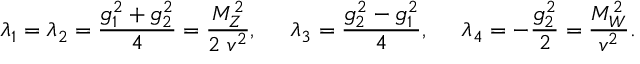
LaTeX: \lambda _ { 1 } = \lambda _ { 2 } = \frac { g _ { 1 } ^ { 2 } + g _ { 2 } ^ { 2 } } { 4 } = \frac { M _ { Z } ^ { 2 } } { 2 \; v ^ { 2 } } , \; \; \; \; \; \lambda _ { 3 } = \frac { g _ { 2 } ^ { 2 } - g _ { 1 } ^ { 2 } } { 4 } , \; \; \; \; \; \lambda _ { 4 } = - \frac { g _ { 2 } ^ { 2 } } { 2 } = \frac { M _ { W } ^ { 2 } } { v ^ { 2 } } .